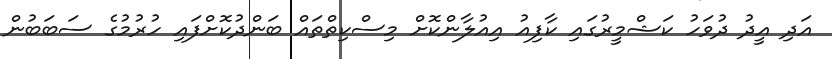
އަދި އީދު ދުވަހު ކަޝްމީރުގައި ކާފިއު އިއުލާންކޮށް މިސްކިތްތައް ބަންދުކޮށްފައި ހުރުމުގެ ސަބަބުން